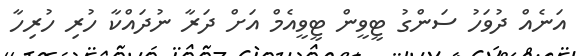
އަނެއް ދުވަހު ސަންގު ޓީވީން ޓީވީއެމް އަށް ދަރާ ނުދައްކާ ހުރި ހުރިހާ